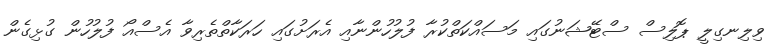
ވިލިނގިލީ ޕޮލިސް ސްޓޭޝަނުގައި މަސައްކަތްކުރާ ފުލުހުންނާއި އެރަށުގައި ހަރަކާތްތެރިވާ އެސްއޯ ފުލުހުން ގުޅިގެން